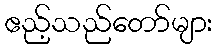
ဧည့်သည်တော်များ